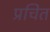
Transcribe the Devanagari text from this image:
प्रचित